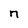
Character: n